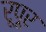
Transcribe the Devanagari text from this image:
रूपूर